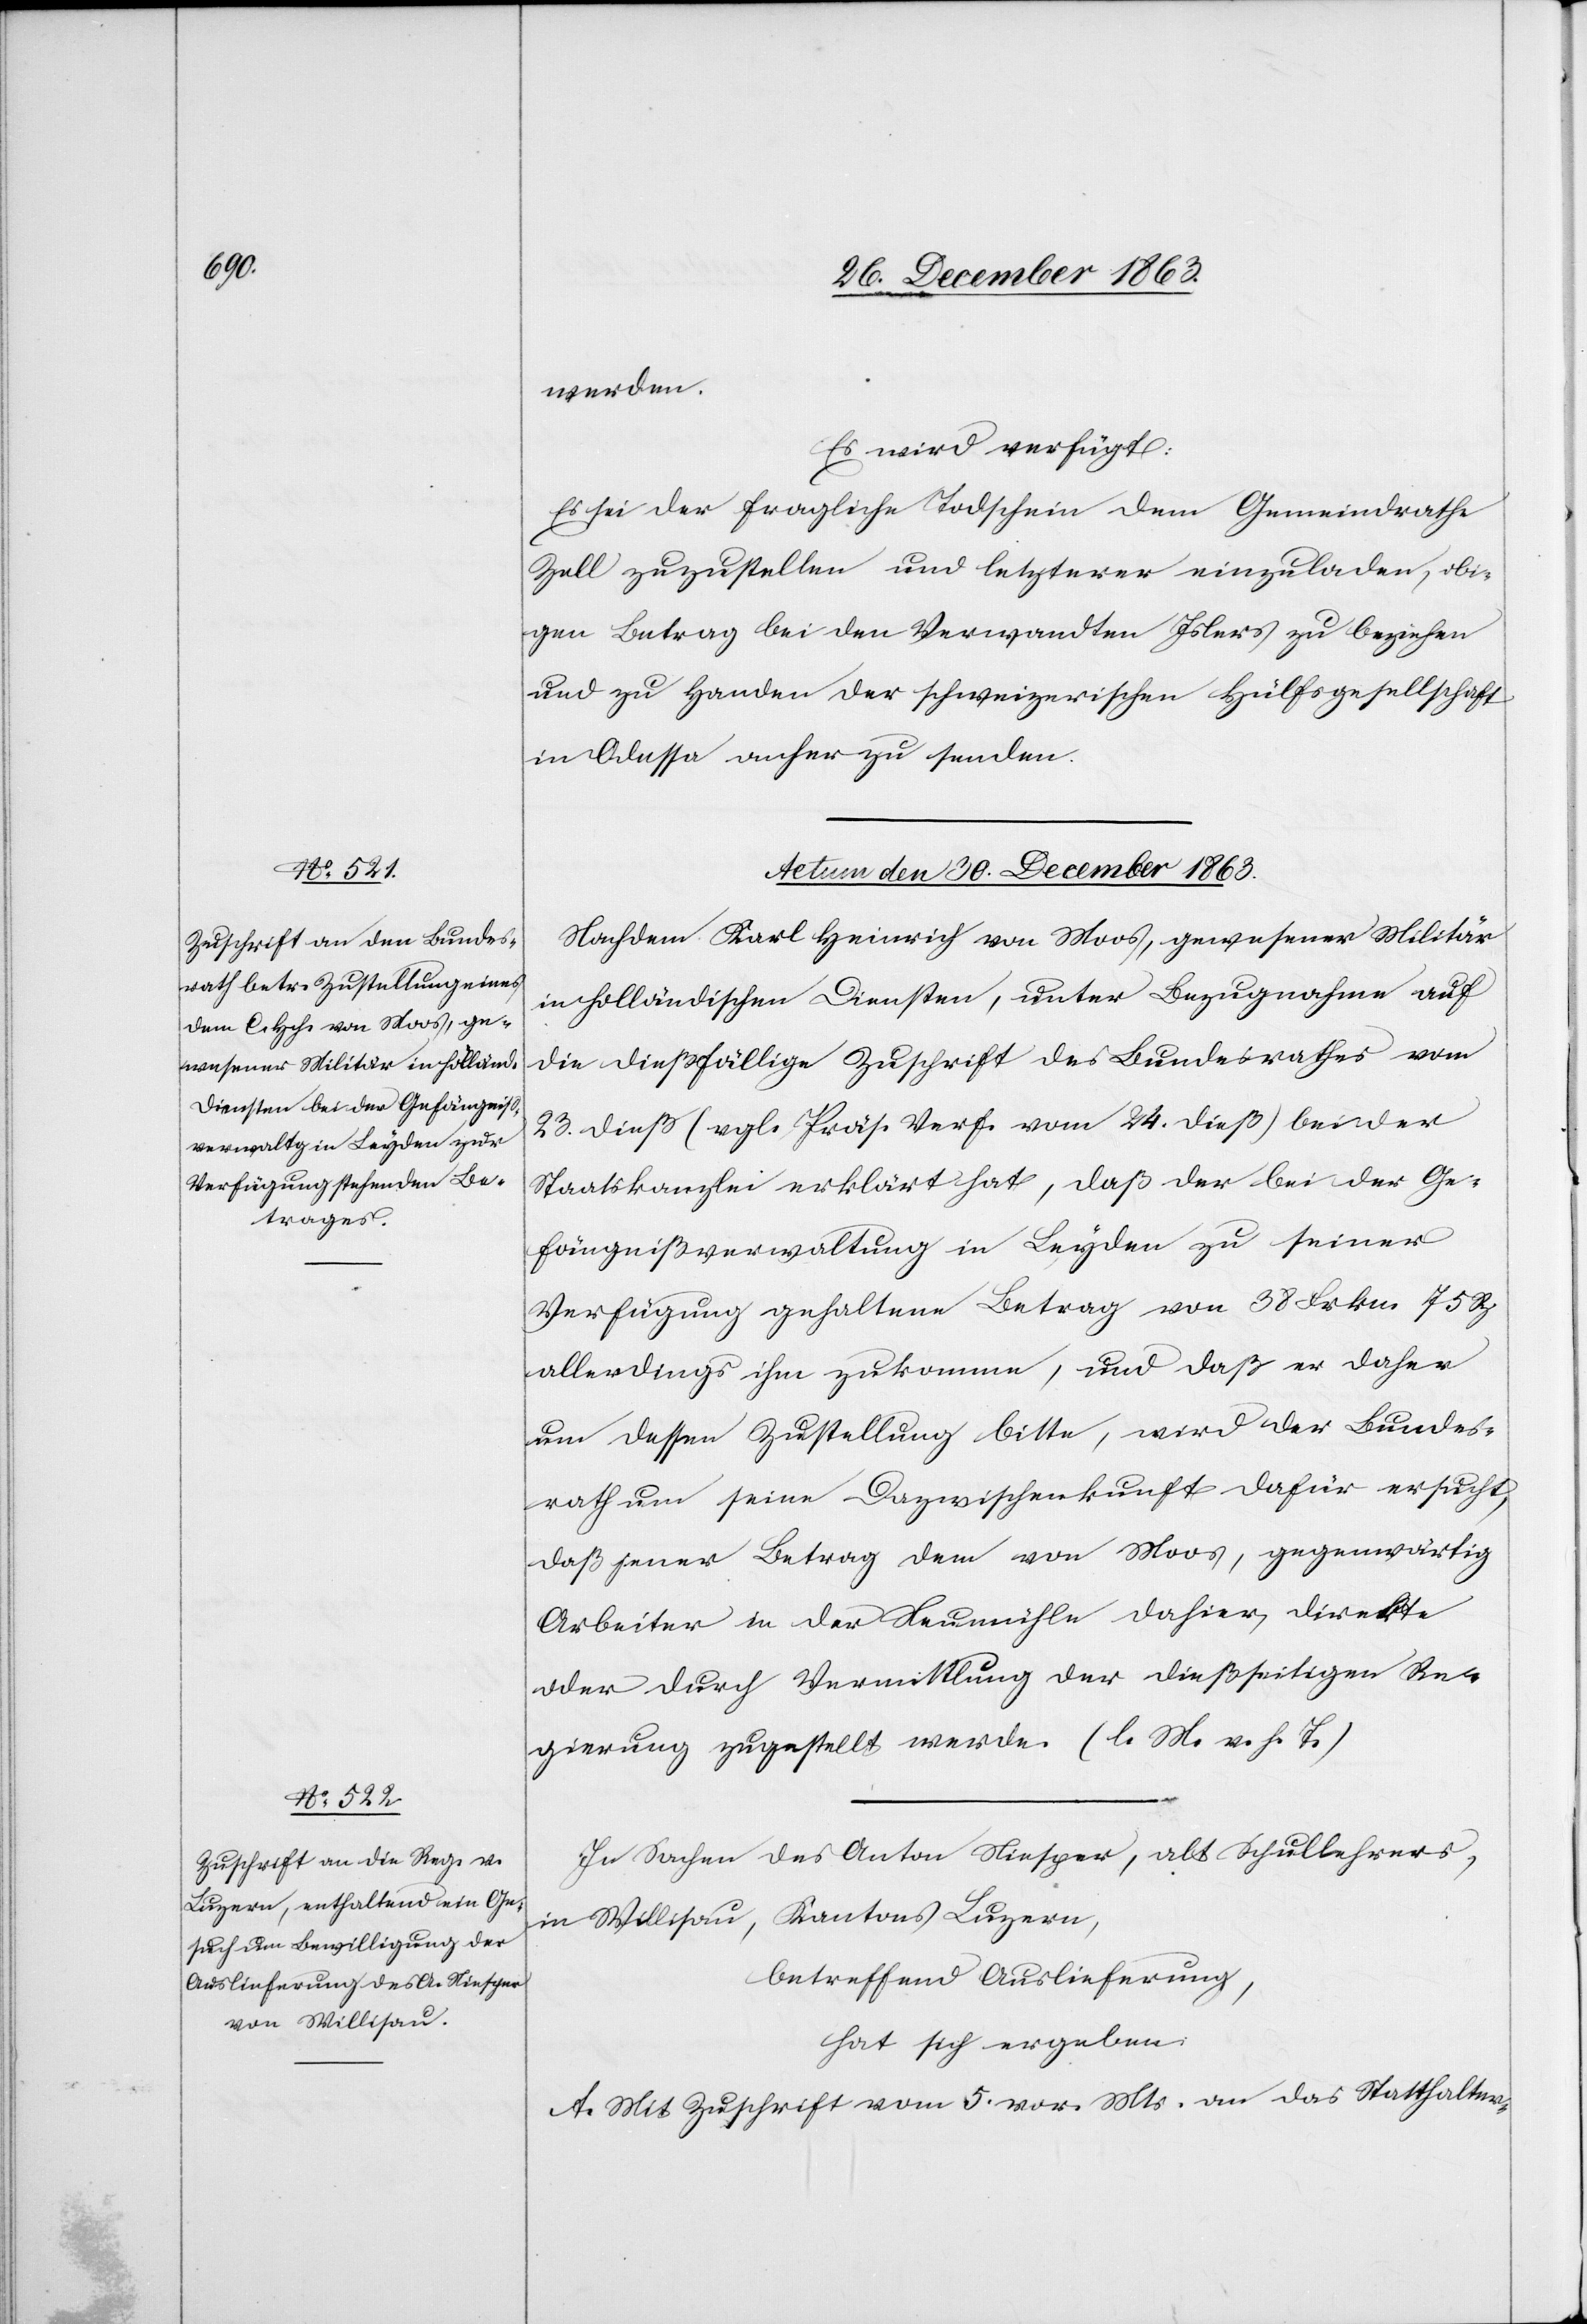
werden.
Es wird verfügt:
Es sei der fragliche Todschein dem Gemeindrathe
Zell zuzustellen und letzterer einzuladen, obi¬
gen Betrag bei den Verwandten Islers zu beziehen
und zu Handen der schweizerischen Hülfsgesellschaft
in Odessa anher zu senden.
Actum den 30. December 1863.]
Nachdem Karl [sic!] Heinrich von Moos, gewesener Militär
in holländischen Diensten, unter Bezugnahme auf
die dießfällige Zuschrift des Bundesrathes vom
23. dieß (vgl. Präs. Verf. vom 24. dieß) bei der
Staatskanzlei erklärt hat, daß der bei der Ge¬
fängnißverwaltung in Leyden zu seiner
Verfügung gehaltene Betrag von 38 Frkn. 75 Rp.
allerdings ihm zukomme, und daß er daher
um dessen Zustellung bitte, wird der Bundes¬
rath um seine Dazwischenkunft dafür ersucht,
daß jener Betrag den von Moos, gegenwärtig
Arbeiter in der Neumühle dahier, direkte
oder durch Vermittlung der dießseitigen Re¬
gierung zugestellt werde. (l. M. v. h. T.)
In Sachen des Anton Niesper, alt Schullehrers,
in Willisau, Kantons Luzern,
betreffend Auslieferung,
hat sich ergeben:
A. Mit Zuschrift vom 5. vor. Mts. an das Statthalter-